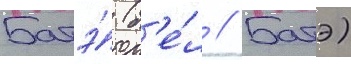
Батэ́ (б'е́л // Батэ)